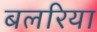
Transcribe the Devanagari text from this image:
बलरिया